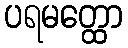
ပရမတ္ထော